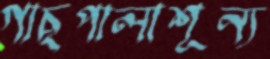
গাছপালাশূন্য